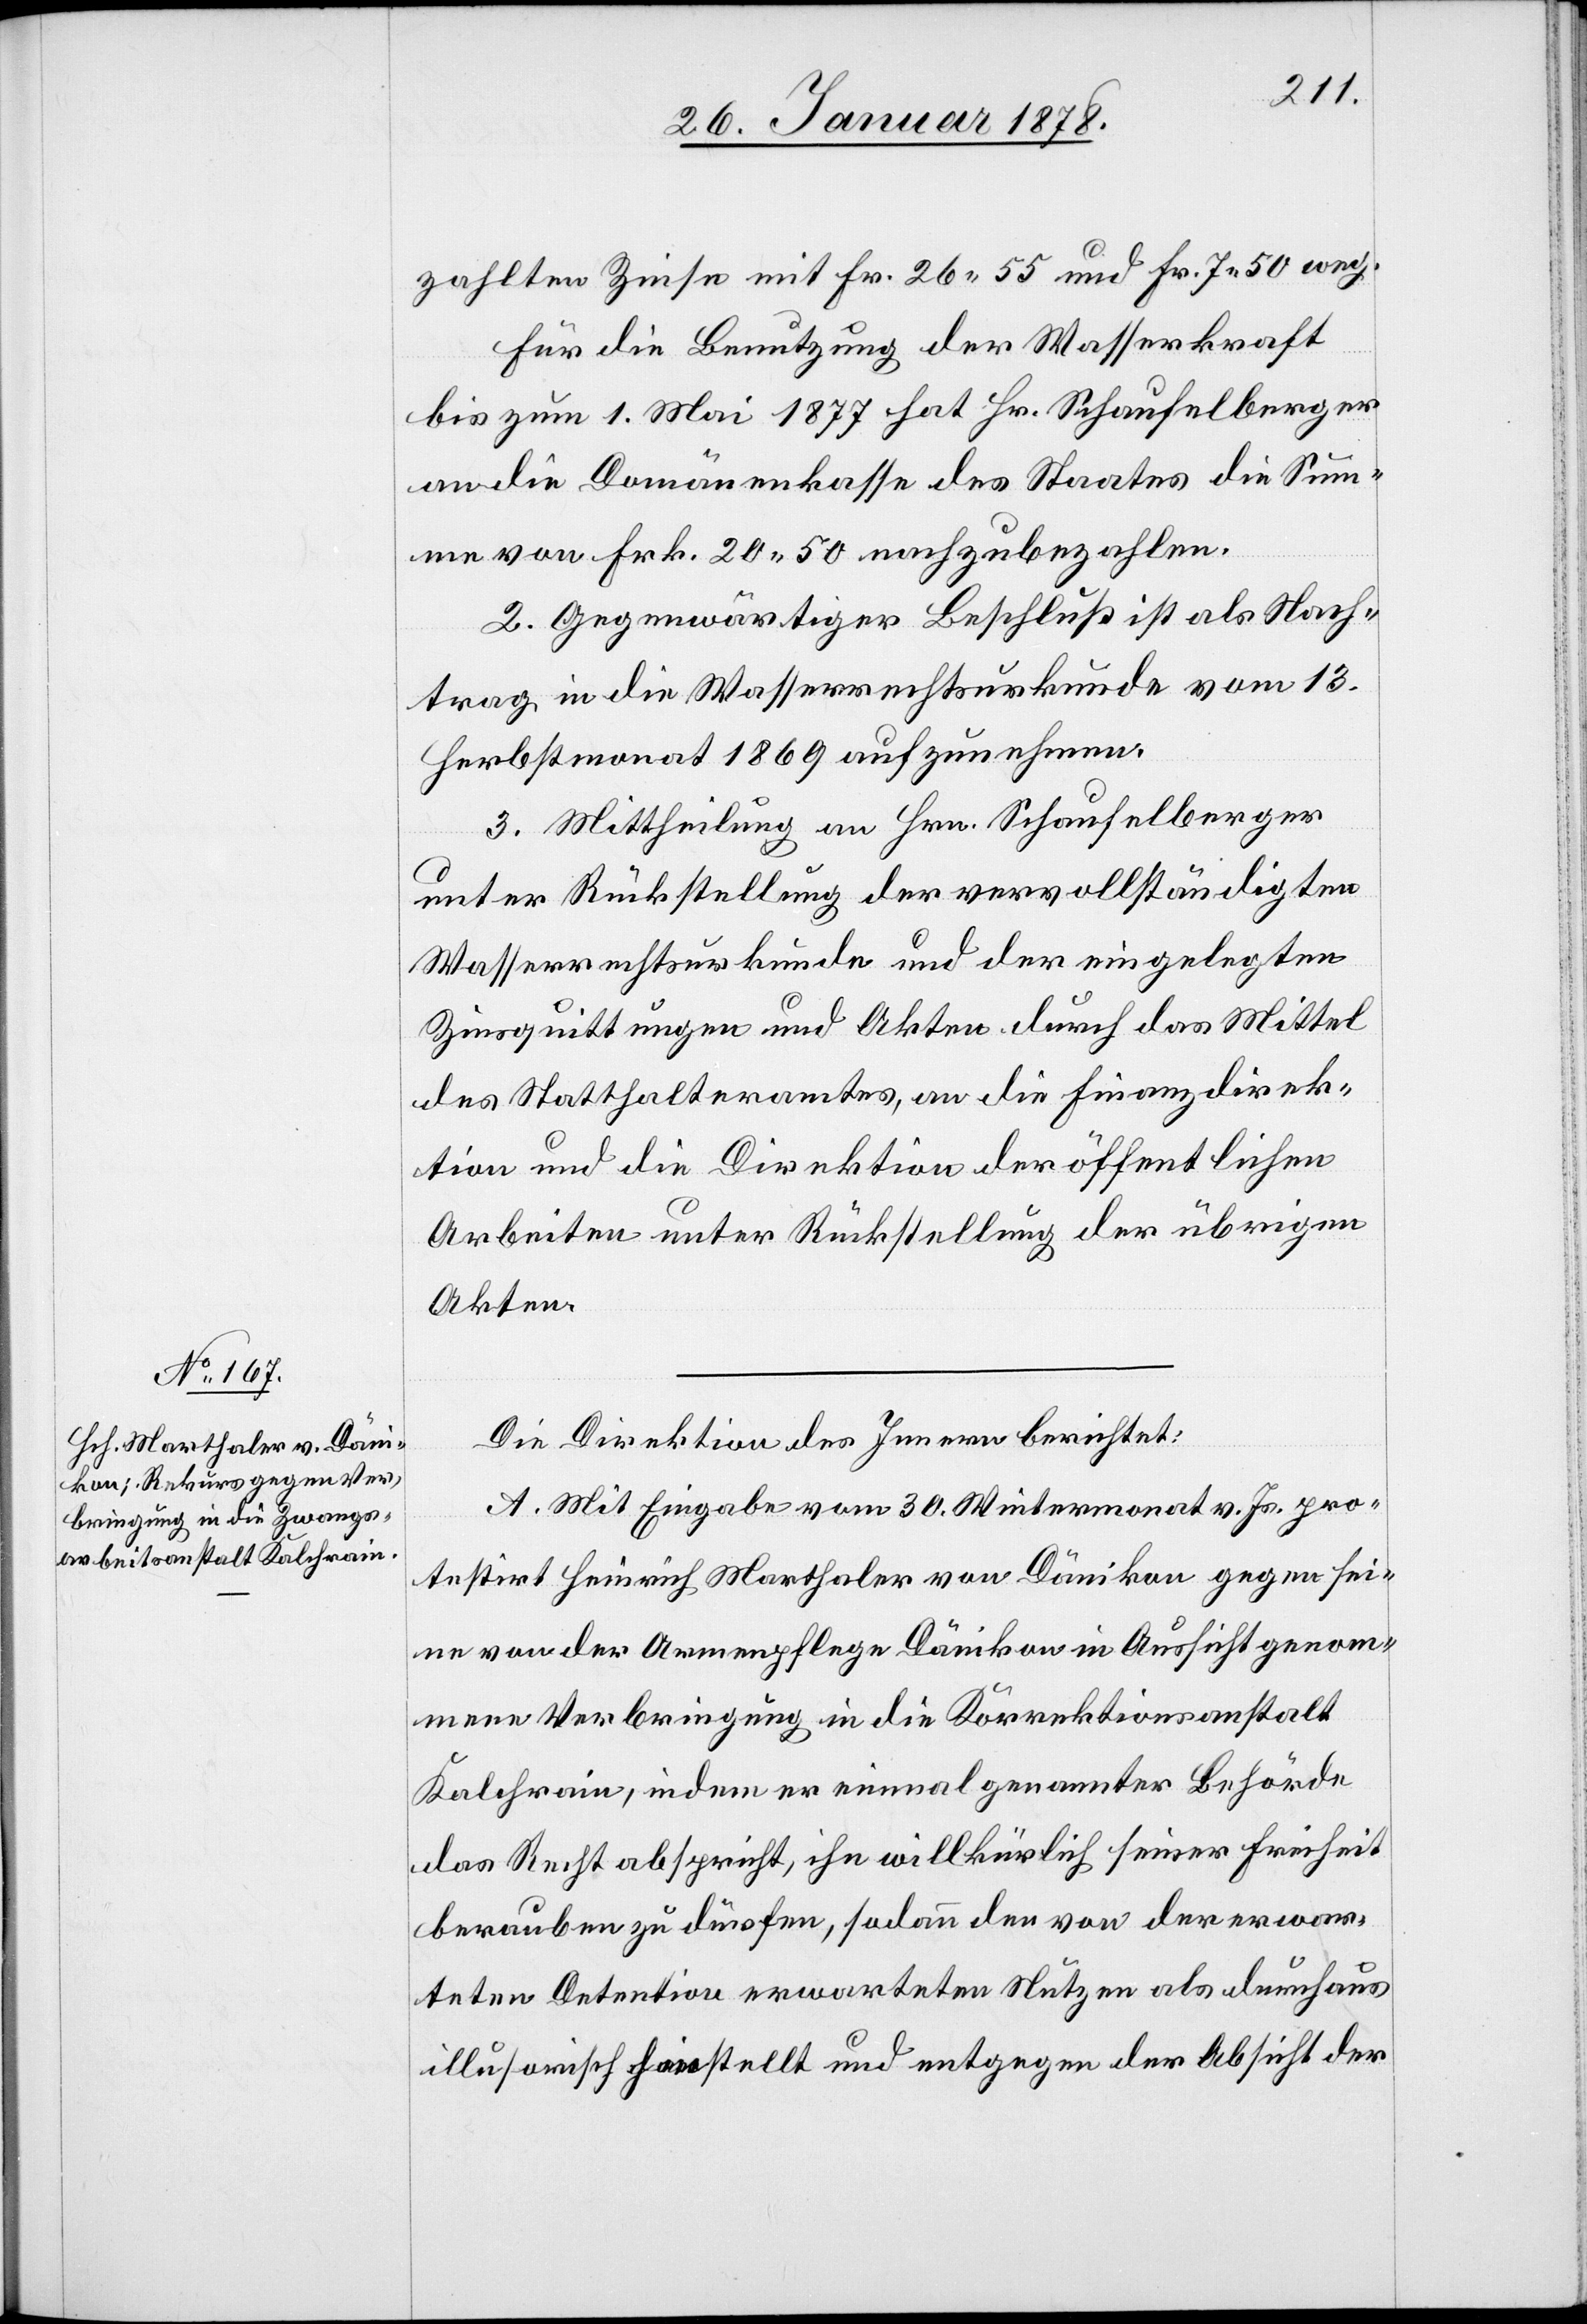
zahlten Zinse mit Fr. 26.55 und Fr. 7.50 weg.
Für die Benutzung der Wasserkraft
bis zum 1. Mai 1877 hat Hr. Schaufelberger
an die Domänenkasse des Staates die Sum¬
me von Frk. 20.50 nachzubezahlen.
2. Gegenwärtiger Beschluß ist als Nach¬
trag in die Wasserrechtsurkunde vom 13.
Herbstmonat 1869 aufzunehmen.
3. Mittheilung an Hrn. Schaufelberger
unter Rückstellung der vervollständigten
Wasserrechtsurkunde und der eingelegten
Zinsquittung und Akten durch das Mittel
des Statthalteramtes an die Finanzdirek¬
tion und die Direktion der öffentlichen
Arbeiten unter Rückstellung der übrigen
Akten.
Die Direktion des Innern berichtet:
A. Mit Eingabe vom 30. Wintermonat v. Js. pro¬
testirt Heinrich Marthaler von Dänikon gegen sei¬
ne von der Armenpflege Dänikon in Aussicht genom¬
mene Verbringung in die Korrektionsanstalt
Kalchrain, indem er einmal genannter Behörde
das Recht abspricht, ihn willkürlich seiner Freiheit
berauben zu dürfen, sodann den von der erwar¬
teten Detention erwarteten Nutzen als durchaus
illusorisch hinstellt und entgegen der Absicht der